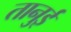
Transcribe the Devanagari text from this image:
तानुई